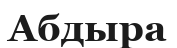
Абдыра